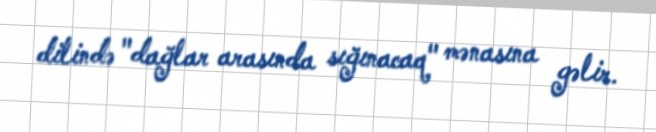
dilində "dağlar arasında sığınacaq" mənasına gəlir.